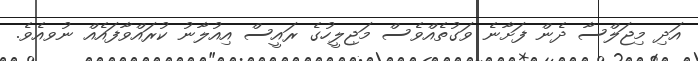
އަދި މިޖަލްސާ ދެން ފަށާނެ ވަގުތެއްވެސް މަޖިލީހުގެ ރައީސް އިއުލާނު ކުރައްވާފައެއް ނުވއެވެ.